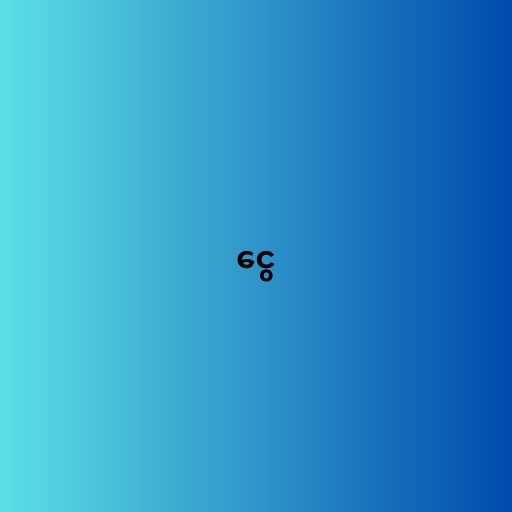
ငွေ